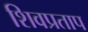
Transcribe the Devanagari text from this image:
शिवप्रताप